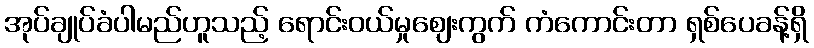
အုပ်ချုပ်ခံပါမည်ဟူသည့် ရောင်းဝယ်မှုဈေးကွက် ကံကောင်းတာ ရှစ်ပေခန့်ရှိ